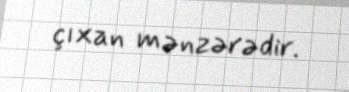
çıxan mənzərədir.